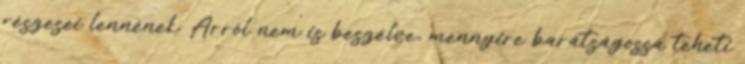
részesei lennének. Arról nem is beszélve, mennyire barátságossá teheti